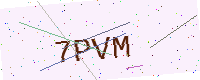
Text: 7PVM